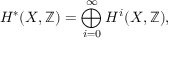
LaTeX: H ^ { * } ( X , \mathbb { Z } ) = \bigoplus _ { i = 0 } ^ { \infty } H ^ { i } ( X , \mathbb { Z } ) ,